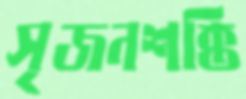
সৃজনশক্তি